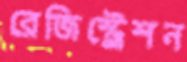
রেজিস্ট্রেশন